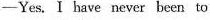
-Yes. I have never been to